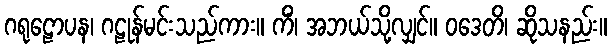
ဂရုဠောပန၊ ဂဠုန်မင်းသည်ကား။ ကိံ၊ အဘယ်သို့လျှင်။ ဝဒေတိ၊ ဆိုသနည်း။